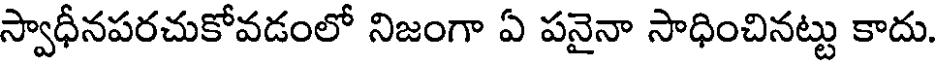
స్వాధీనపరచుకోవడంలో నిజంగా ఏ పనైనా సాధించినట్టు కాదు.